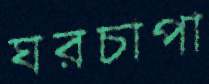
ঘরচাপা